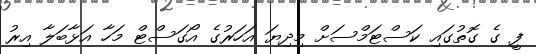
ފީ ގެ ގޮތުގައި ކަސްޓަމްސަށް މިދިޔަ އަހަރުގެ އޯގަސްޓް މަހާ އަޅާބަލާ އިރު